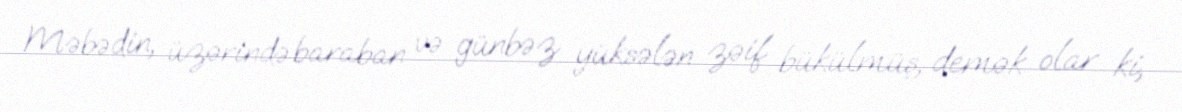
Məbədin, üzərində baraban və günbəz yüksələn zəif bükülmüş, demək olar ki,